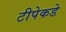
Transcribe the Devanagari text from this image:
टीपेकडे